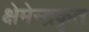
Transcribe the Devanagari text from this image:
क्षेमेन्द्रकृत